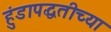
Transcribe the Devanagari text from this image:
हुंडापद्धतीच्या